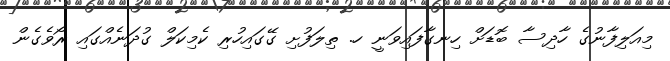
މިއަލިފާނުގެ ހާދިސާ ބޮޑަށް ހިނގާފައިވަނީ ހ. ތިލަފުށި ގޭގައިހުރި ކެމިކަލް ގުދަނެއްގައި ރޯވެގެން